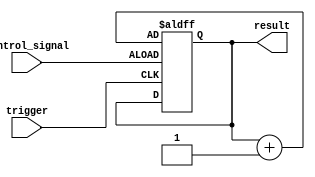
module generate_task_block(
    input trigger,
    input control_signal,
    output result
);

reg task_state;

always @ (posedge trigger or posedge control_signal)
begin
    if(control_signal)
    begin
        // Perform tasks based on specific conditions
        task_state <= task_state + 1; // Update task state
    end
end

assign result = task_state;

endmodule